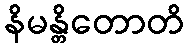
နိမန္တိတောတိ